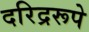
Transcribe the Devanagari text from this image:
दरिद्ररूपे